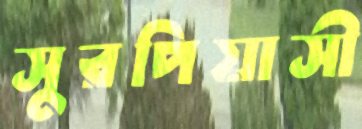
সুরপিয়াসী